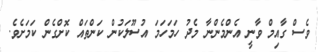
ވެސް ގާއިމް ވާނީ އެންމެންނާ މެދު ހަމަހަމަ އުސޫލަކުން ކަންތައް ކޮށްގެން ކަމަށެވެ.